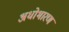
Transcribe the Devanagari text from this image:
अधोभारण